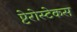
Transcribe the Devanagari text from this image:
प्टेरोस्टेकस